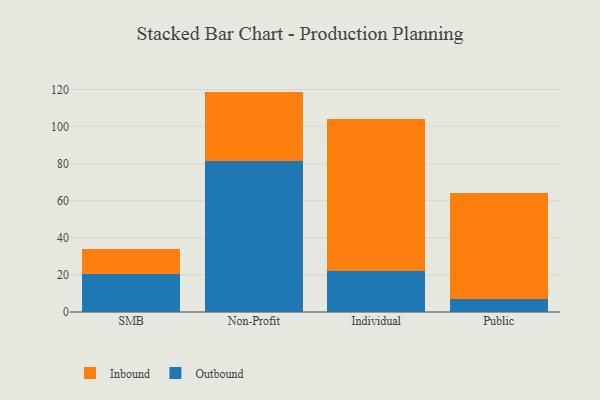
{"axis": {"x": "Segment", "y": "Inventory Turnover"}, "legend": ["Inbound", "Outbound"], "data": [{"x": "SMB", "y": 20.6, "type": "Outbound"}, {"x": "SMB", "y": 13.3, "type": "Inbound"}, {"x": "Non-Profit", "y": 81.4, "type": "Outbound"}, {"x": "Non-Profit", "y": 37.5, "type": "Inbound"}, {"x": "Individual", "y": 22.2, "type": "Outbound"}, {"x": "Individual", "y": 82.1, "type": "Inbound"}, {"x": "Public", "y": 6.9, "type": "Outbound"}, {"x": "Public", "y": 57.1, "type": "Inbound"}]}